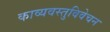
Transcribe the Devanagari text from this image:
काव्यवस्तुविवेचन